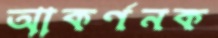
আকর্ণনক